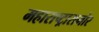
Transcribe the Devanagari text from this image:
महाराष्ट्रासमोर